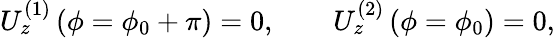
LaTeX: U_{z}^{(1)}\left(\phi=\phi_{0}+\pi\right)=0,\qquad U_{z}^{(2)}\left(\phi=\phi_{0}\right)=0,